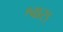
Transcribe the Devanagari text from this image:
श्वास्